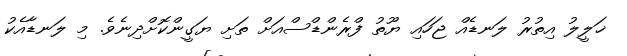
ޚަލީލު އިތުރު ލަނޑެއް ޖަހައި ޔޫތު ފްރެންޑްސްއަށް ތަށި ޔަގީންކޮށްދިނެވެ. މި ލަނޑާއެކު